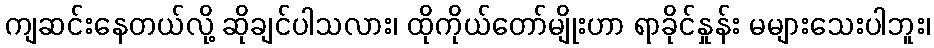
ကျဆင်းနေတယ်လို့ ဆိုချင်ပါသလား၊ ထိုကိုယ်တော်မျိုးဟာ ရာခိုင်နှုန်း မများသေးပါဘူး၊